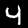
Label: 4